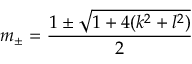
m _ { \pm } = \frac { 1 \pm \sqrt { 1 + 4 ( k ^ { 2 } + l ^ { 2 } ) } } { 2 }